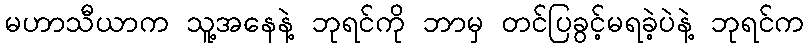
မဟာသီယာက သူ့အနေနဲ့ ဘုရင်ကို ဘာမှ တင်ပြခွင့်မရခဲ့ပဲနဲ့ ဘုရင်က